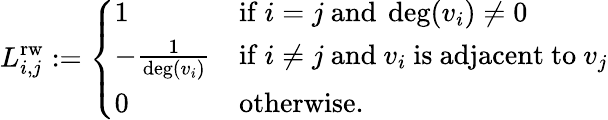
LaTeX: L_{i,j}^{\mathrm{rw}}:={\left\{ \begin{array}{ll}{1}&{{\mathrm{if~}}i=j{\mathrm{~and~}}\deg(v_{i})\neq 0}\\ {-{\frac{1}{\deg(v_{i})}}}&{{\mathrm{if~}}i\neq j{\mathrm{~and~}}v_{i}{\mathrm{~is~adjacent~to~}}v_{j}}\\ {0}&{{\mathrm{otherwise}}.}\end{array}\right.}